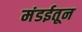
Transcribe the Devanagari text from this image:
मंडईतून